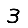
Digit: 3